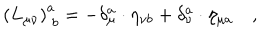
\left( L _ { \mu \nu } \right) _ { \; b } ^ { a } = - \delta _ { \mu } ^ { a } \cdot \eta _ { \nu b } + \delta _ { \nu } ^ { a } \cdot \eta _ { \mu a } \quad ,